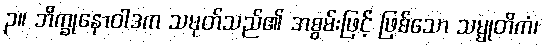
၃။ ဘိက္ခုနောဝါဒက သမုတ်သည်၏ အစွမ်းဖြင့် ဖြစ်သော သမ္မုတိကံ၊